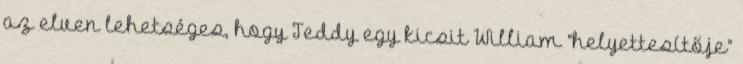
az elven lehetséges, hogy Teddy egy kicsit William “helyettesítője”